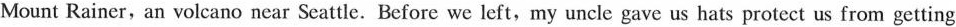
Mount Rainer, an volcano near Seattle.Before we left,my uncle gave us hats protect us from getting